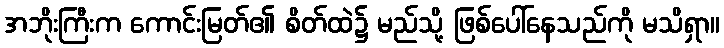
အဘိုးကြီးက ကောင်းမြတ်၏ စိတ်ထဲ၌ မည်သို့ ဖြစ်ပေါ်နေသည်ကို မသိရှာ။